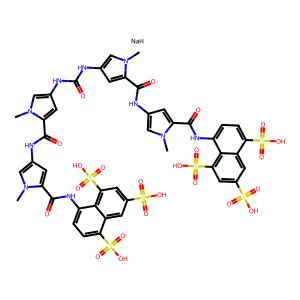
SMILES: Cn1cc(NC(=O)Nc2cc(C(=O)Nc3cc(C(=O)Nc4ccc(S(=O)(=O)O)c5cc(S(=O)(=O)O)cc(S(=O)(=O)O)c45)n(C)c3)n(C)c2)cc1C(=O)Nc1cc(C(=O)Nc2ccc(S(=O)(=O)O)c3cc(S(=O)(=O)O)cc(S(=O)(=O)O)c23)n(C)c1.[NaH]
Inhibits HIV replication: Yes